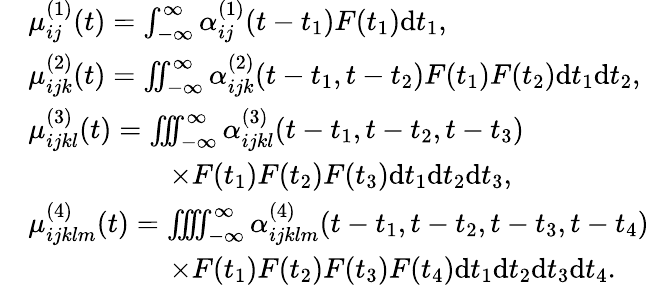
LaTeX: \begin{array}{rl}&{\mu_{ij}^{(1)}(t)=\int_{-\infty}^{\infty}\alpha_{ij}^{(1)}(t-t_{1})F(t_{1})\mathrm{d}t_{1},}\\ &{\mu_{ijk}^{(2)}(t)=\iint_{-\infty}^{\infty}\alpha_{ijk}^{(2)}(t-t_{1},t-t_{2})F(t_{1})F(t_{2})\mathrm{d}t_{1}\mathrm{d}t_{2},}\\ &{\mu_{ijkl}^{(3)}(t)=\iint\! \! \! \int_{-\infty}^{\infty}\alpha_{ijkl}^{(3)}(t-t_{1},t-t_{2},t-t_{3})}\\ &{\qquad\qquad\quad\times F(t_{1})F(t_{2})F(t_{3})\mathrm{d}t_{1}\mathrm{d}t_{2}\mathrm{d}t_{3},}\\ &{\mu_{ijklm}^{(4)}(t)=\iint\! \! \! \iint_{-\infty}^{\infty}\alpha_{ijklm}^{(4)}(t-t_{1},t-t_{2},t-t_{3},t-t_{4})}\\ &{\qquad\qquad\quad\times F(t_{1})F(t_{2})F(t_{3})F(t_{4})\mathrm{d}t_{1}\mathrm{d}t_{2}\mathrm{d}t_{3}\mathrm{d}t_{4}.}\end{array}